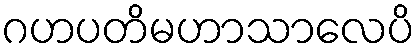
ဂဟပတိမဟာသာလေပိ